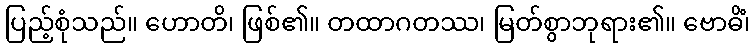
ပြည့်စုံသည်။ ဟောတိ၊ ဖြစ်၏။ တထာဂတဿ၊ မြတ်စွာဘုရား၏။ ဗောဓိံ၊